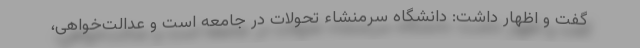
گفت و اظهار داشت: دانشگاه سرمنشاء تحولات در جامعه است و عدالت‌خواهی،